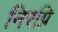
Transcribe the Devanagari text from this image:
निरग्नि